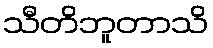
သီတိဘူတာသိ